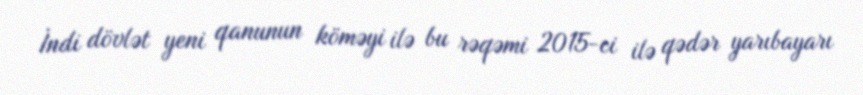
İndi dövlət yeni qanunun köməyi ilə bu rəqəmi 2015-ci ilə qədər yarıbayarı